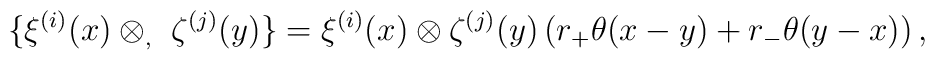
\{ \xi^{(i)} (x) \otimes_, \ \zeta^{(j)} (y) \}= \xi^{(i)} (x) \otimes \zeta^{(j)} (y)\left( r_+ \theta (x-y) + r_- \theta (y-x) \right) ,